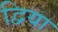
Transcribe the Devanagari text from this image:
द्विया